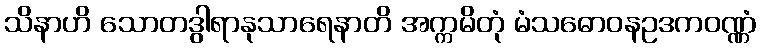
သိနာဟိ သောတဒွါရာနုသာရေနာတိ အက္ကမိတုံ မံသဓောဝနဥဒကဝဏ္ဏံ